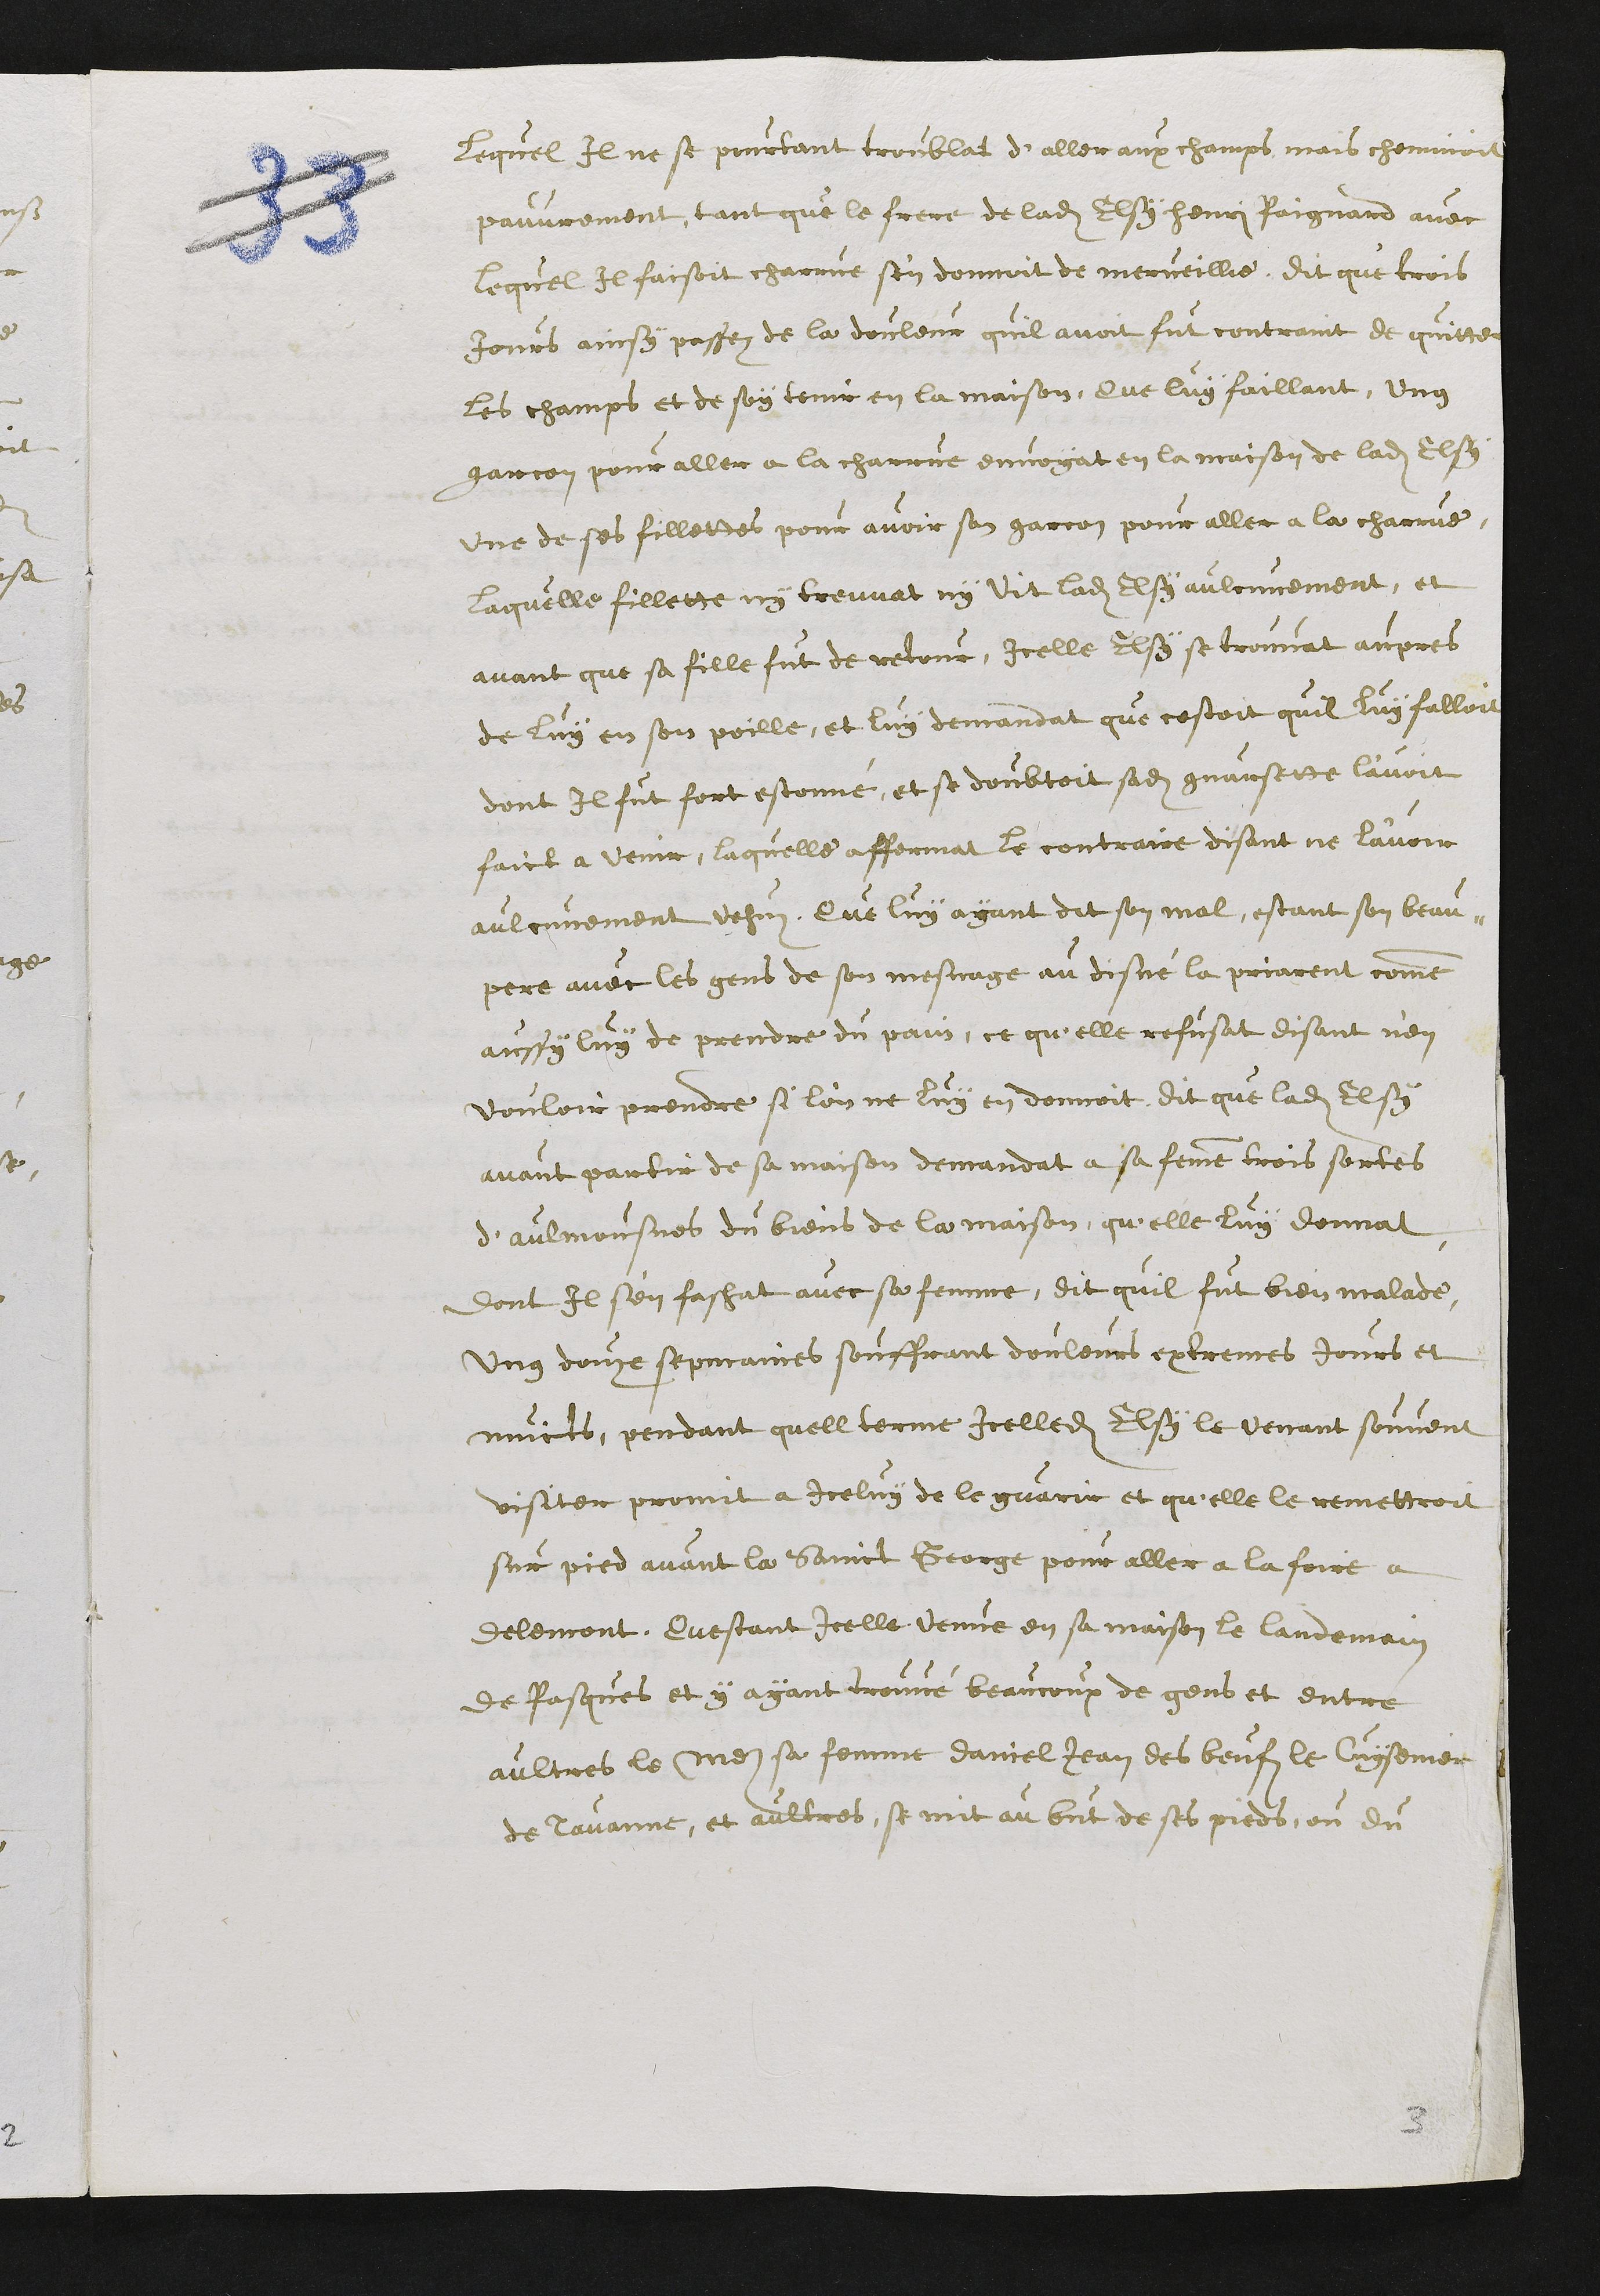
Lequel Il ne se pourtant troublat d'aller aux champs, mais cheminoit
pauvrement, tant que le frere de ladite Elsy henri Paignard avec
lequel Il faisoit charrue s'en donnoit de merveille, dit que trois
jours ainsy passez de la douleur quil avoit fut contraint de quitter
les champs et de soy tenir en la maison, Que luy faillant ung
garcon pour aller a la charrue envoyat en la maison de ladite Elsy
une de ses fillettes pour avoir son garcon pour aller a la charrue.
Laquelle fillette ny treuvat ny vit ladite Elsy aulcunement, et
avant que sa fille fut de retour, icelle Elsy se trouvat aupres
de luy en son poille, et luy demandat que cestoit quil luy falloit
dont Il fut fort estonné, et se doubtoit sadite guarsette l'avoit
faict a venir, laquelle affermat le contraire, disant ne l'avoir
aulcunement vehuz, Que luy ayant dit son mal, estant son beau¬
pere avec les gens de son mesnage au disné la priarent comme
aussy luy de prendre du pain, ce qu'elle refusat, disant n'en
vouloir prendre si l'on ne luy en donnoit, dit que ladite Elsy
avant partir de sa maison demandat a sa femme trois sortes
d'aulmosnes du biens de la maison, qu'elle luy donnat
dont Il s'en faschat avec sa femme, dit quil fut bien malade
ung douze sepmaines souffrant douleurs extremes jours et
nuicts, pendant quell terme icelledite Elsy le venant souvent
visiter promit a Iceluy de le guarir et qu'elle le remettroit
sur pied avant la Sainct George pour aller à la foire a
delemont, Questant icelle venue en sa maison le landemain
de Pasques et y ayant trouvé beaucoup de gens et entre
aultres le meri sa femme daniel Jean des beufz le Cuysenier
de Tavanne, et aultres, se mit au but de ses pieds, ou du

3